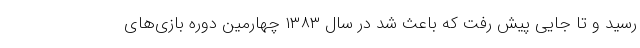
رسید و تا جایی پیش رفت که باعث شد در سال ۱۳۸۳ چهارمین دوره بازی‌های